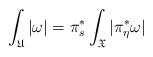
LaTeX: \begin{align*}\int_{\mathfrak U}|\omega|= \pi^*_s\int_{\mathfrak X}|\pi_{\eta}^*\omega| \end{align*}